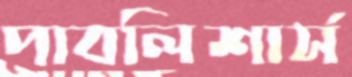
পাবলিশার্স